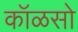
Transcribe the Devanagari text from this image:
कॉळसो